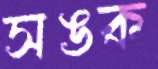
সঙক